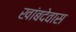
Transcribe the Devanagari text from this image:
खांबदेवास